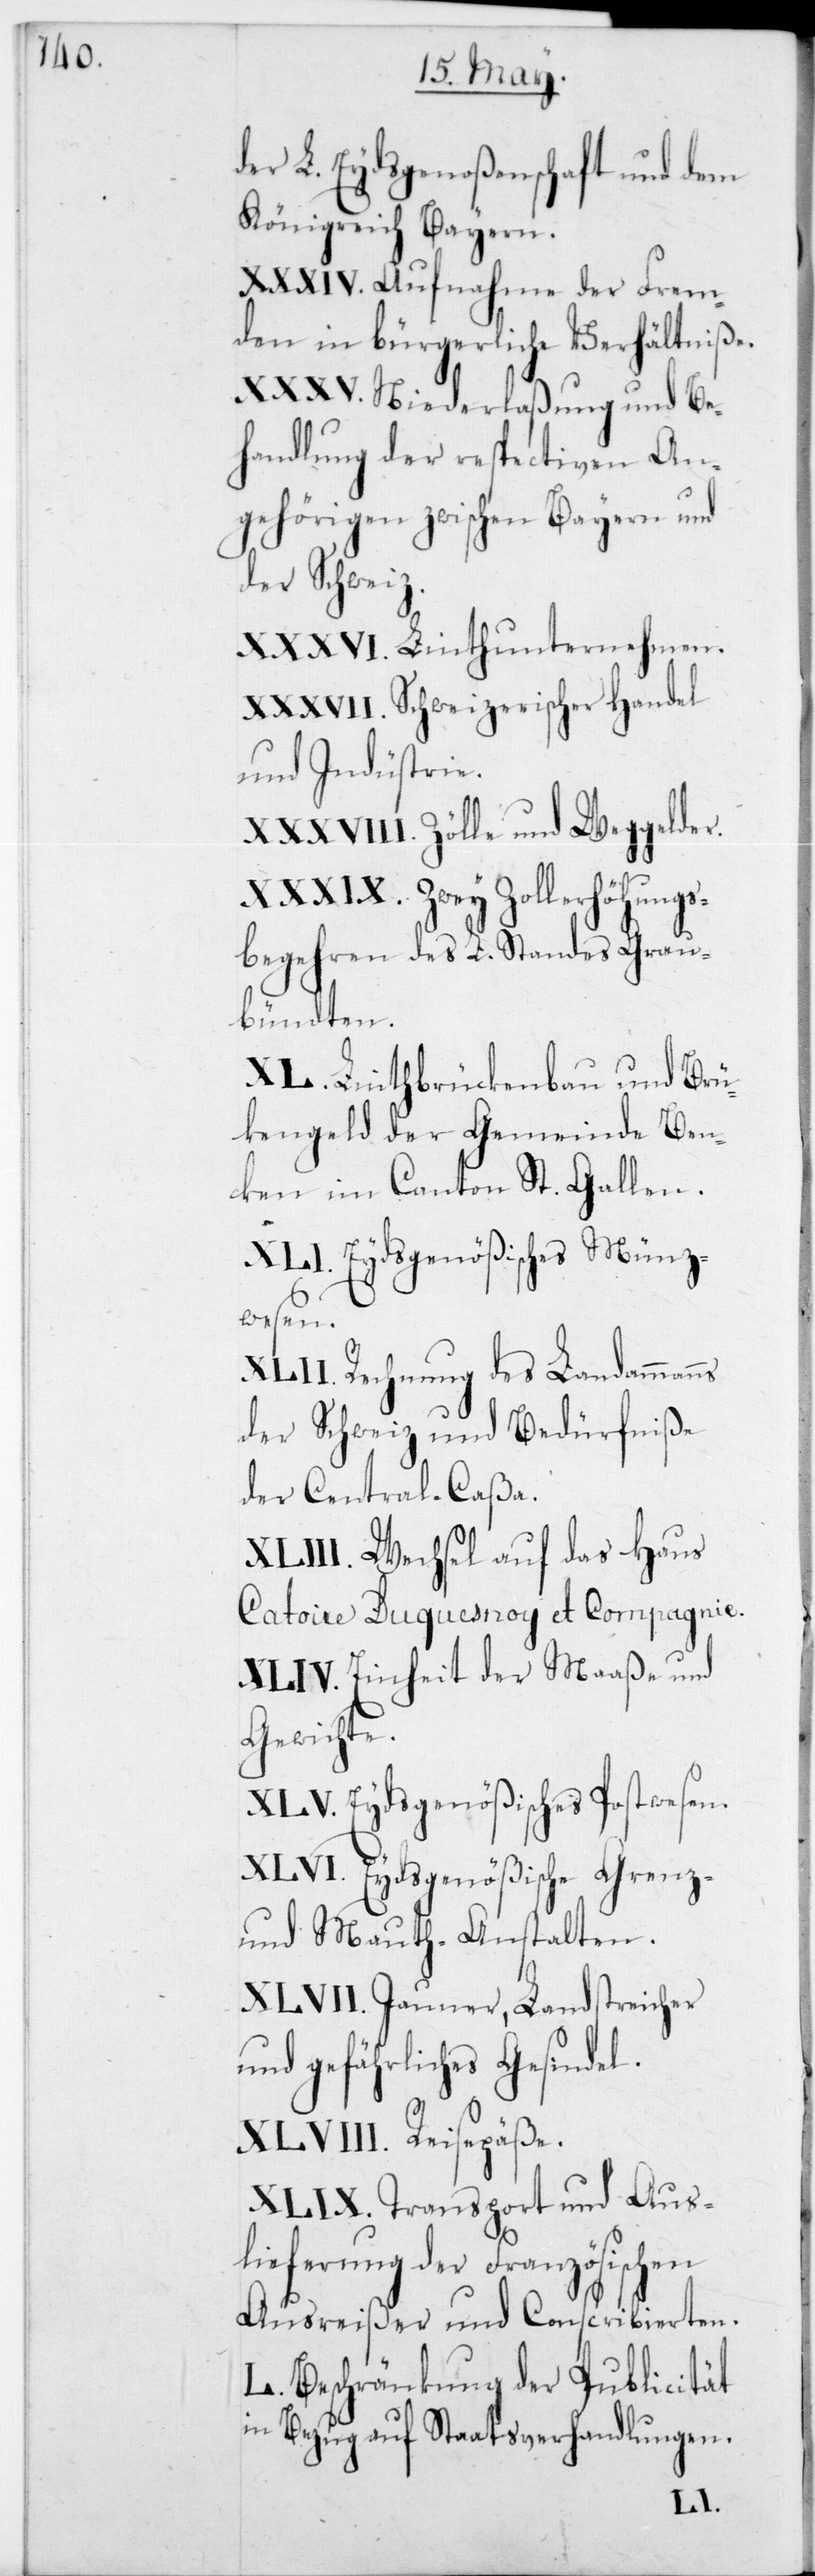
der L. Eydsgenoßenschaft und dem
Königreich Bayern.
XXXIV. Aufnahme der Frem¬
den in bürgerliche Verhältniße.
XXXV. Niederlaßung und Be¬
handlung der respectiven An¬
gehörigen zwischen Bayern und
der Schweiz.
XXXVI. Linthunternehmen.
XXXVII. Schweizerischer Handel
und Indüstrie.
XXXVIII. Zölle und Weggelder.
XXXIX. Zwey Zollerhöhungs¬
begehren des L. Standes Grau¬
bündten.
XL. Linthbrückenbau und Brüc¬
kengeld der Gemeinde Ben¬
ken im Canton St. Gal¬
XLI. Eydsgenößisches Münz¬
wesen.
XLII. Rechnung des Landammanns
der Schweiz und Bedürfniße
der Central-Caßa.
XLIII. Wechsel auf das Haus
Catoire Duquesnoy et Compagnie.
XLIV. Einheit der Maaße und
Gewichte.
XLV. Eydsgenößisches Postwesen.
XLVI. Eydsgenößische Grenz-
und Mauth-Anstalten.
XLVII. Jauner, Landstreicher
und gefährliches Gesindel.
XLVIII. Reisepäße.
XLIX. Transport und Aus¬
lieferung der Französischen
Ausreißer und Conscribierten.
L. Beschränkung der Publicität
in Bezug auf Staatsverhandlungen.
len.